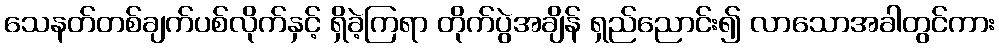
သေနတ်တစ်ချက်ပစ်လိုက်နှင့် ရှိခဲ့ကြရာ တိုက်ပွဲအချိန် ရှည်ညောင်း၍ လာသောအခါတွင်ကား